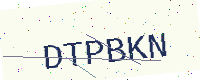
Text: DTPBKN